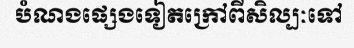
បំណងផ្សេងទៀតក្រៅពីសិល្បៈទៅ